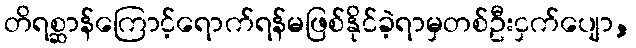
တိရစ္ဆာန်ကြောင့်ရောက်ရန်မဖြစ်နိုင်ခဲ့ရာမှတစ်ဦးငှက်ပျော,